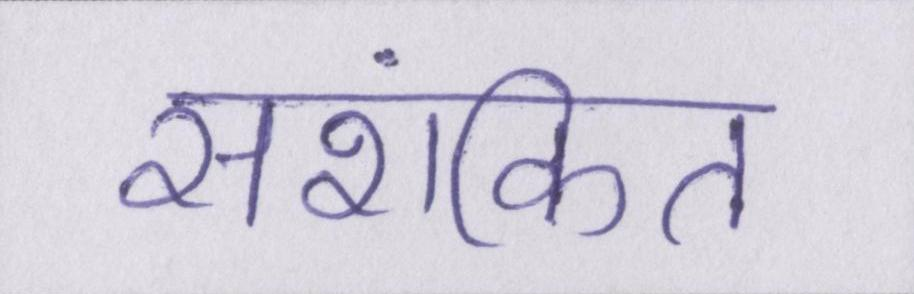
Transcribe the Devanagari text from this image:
सशंकित